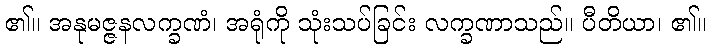
၏။ အနုမဇ္ဇနလက္ခဏံ၊ အရုံကို သုံးသပ်ခြင်း လက္ခဏာသည်။ ပီတိယာ၊ ၏။